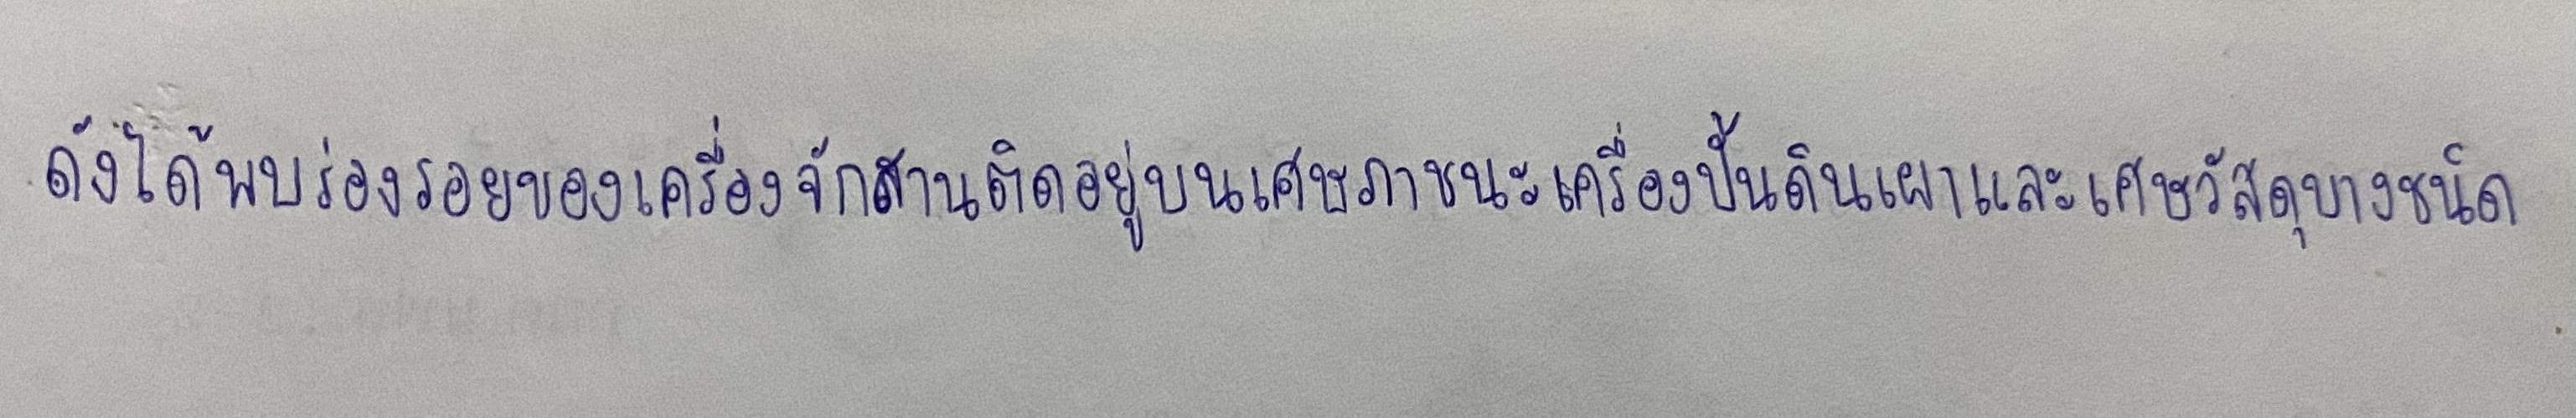
ดังได้พบร่องรอยของเครื่องจักสานติดอยู่บนเศษภาชนะเครื่องปั้นดินเผาและเศษวัสดุบางชนิด